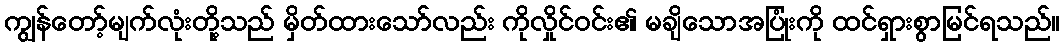
ကျွန်တော့်မျက်လုံးတို့သည် မှိတ်ထားသော်လည်း ကိုလှိုင်ဝင်း၏ မချိသောအပြုံးကို ထင်ရှားစွာမြင်ရသည်။